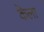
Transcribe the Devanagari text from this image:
कॆला